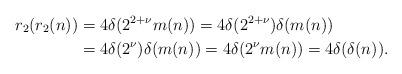
LaTeX: \begin{align*}r_2(r_2(n)) &= 4\delta(2^{2+\nu} m(n))= 4\delta(2^{2+\nu})\delta(m(n)) \\ &= 4\delta(2^{\nu})\delta(m(n))= 4\delta(2^{\nu}m(n))= 4\delta(\delta(n)).\end{align*}